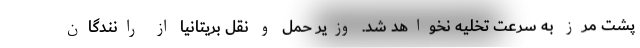
پشت مرز به سرعت تخلیه نخواهد شد. وزیر حمل و نقل بریتانیا از رانندگان